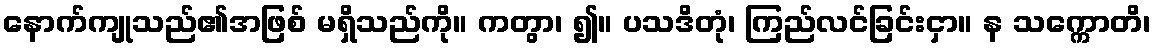
နောက်ကျုသည်၏အဖြစ် မရှိသည်ကို။ ကတွာ၊ ၍။ ပသဒိတုံ၊ ကြည်လင်ခြင်းငှာ။ န သက္ကောတိ၊